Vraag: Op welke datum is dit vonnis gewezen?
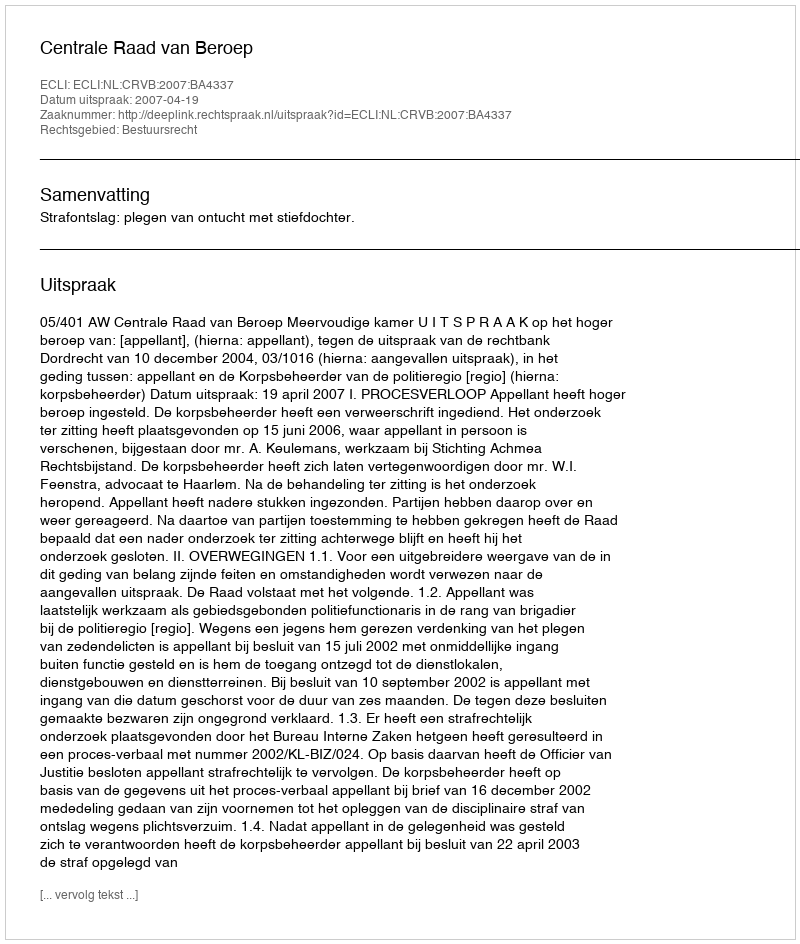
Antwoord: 2007-04-19